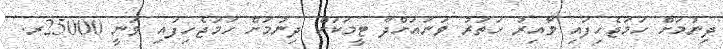
ދިނުމަށް ހަމަޖެހިފައި ވާއިރު ހަތަރު ވަނައަށްދާ ޓީމަކަށް ދިނުމަށް ހަމަޖެހިފައި ވަނީ 25000ރ.